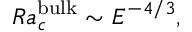
R a _ { c } ^ { \mathrm { \tiny { b u l k } } } \sim E ^ { - 4 / 3 } ,